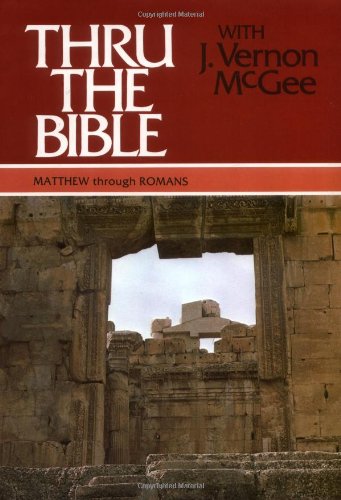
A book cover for Thru the Bible, Vol. 4: Matthew-Romans; J. Vernon McGee; Reference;